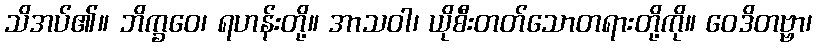
သိအပ်၏။ ဘိက္ခဝေ၊ ရဟန်းတို့။ အာသဝါ၊ ယိုစီးတတ်သောတရားတို့ကို။ ဝေဒိတဗ္ဗာ၊